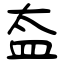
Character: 盇